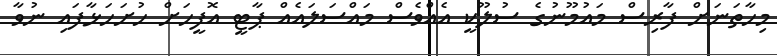
މިހާތަނަށް ފާރިސް މައުމޫނުގެ ސުލޫކީ އެއްވެސް މައްސަލައެއް ޕާޓީ އޮފީހަށް ހުށަހަޅާފައި ނުވާ